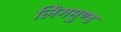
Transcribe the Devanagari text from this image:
लिंगमुण्ड